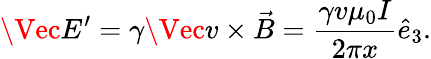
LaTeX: \Vec{E}^{\prime}=\gamma\Vec{v}\times\vec{B}=\frac{\gamma v\mu_{0}I}{2\pi x}\hat{e}_{3}.